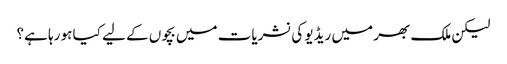
لیکن ملک بھر میں ریڈیو کی نشریات میں بچوں کے لیے کیا ہو رہا ہے؟